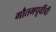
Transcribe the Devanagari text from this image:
गौतमपूर्वीची